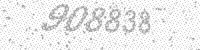
Solution: 908838